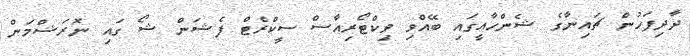
ދާދިފަހުން ޗައިނާގެ ޝެންހާއީގައި ބޭއްވި ވިކްޓޯރިއާސް ސީކްރެޓް ފެޝަން ޝޯ ގައި ނޮރަޝްމަން